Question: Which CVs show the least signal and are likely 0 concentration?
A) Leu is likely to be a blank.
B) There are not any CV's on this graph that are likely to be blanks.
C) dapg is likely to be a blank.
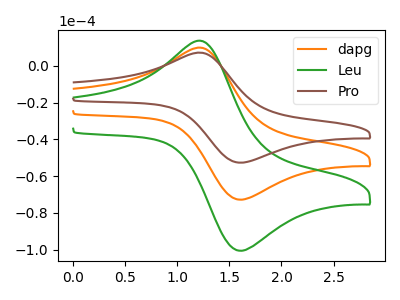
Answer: <think>The orange curve "dapg" has an anodic peak at (1.25V, 9.50uA) and a cathodic peak at (1.65V, -72.75uA). The green curve "Leu" has an anodic peak at (1.25V, 19.05uA) and a cathodic peak at (1.65V, -145.45uA). The brown curve "Pro" has an anodic peak at (1.25V, 6.90uA) and a cathodic peak at (1.65V, -52.65uA).</think>
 <answer>B) There are not any CV's on this graph that are likely to be blanks.</answer>
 <eval>B</eval>